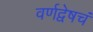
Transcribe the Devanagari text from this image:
वर्णद्वेषचं